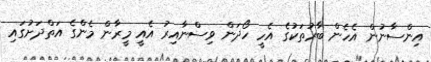
އިންސާނުން އެހެން ބާރުތަކުގެ އެހީ ހޯދަން ވިސްނާއިރު އެއީ މީރާން މެންގެ އަތްދަށުގައި